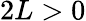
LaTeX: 2L>0